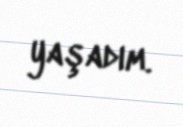
yaşadım.